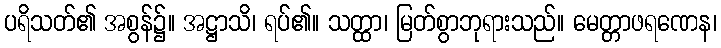
ပရိသတ်၏ အစွန်၌။ အဋ္ဌာသိ၊ ရပ်၏။ သတ္ထာ၊ မြတ်စွာဘုရားသည်။ မေတ္တာဖရဏေန၊